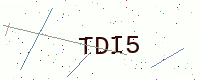
Text: TDI5